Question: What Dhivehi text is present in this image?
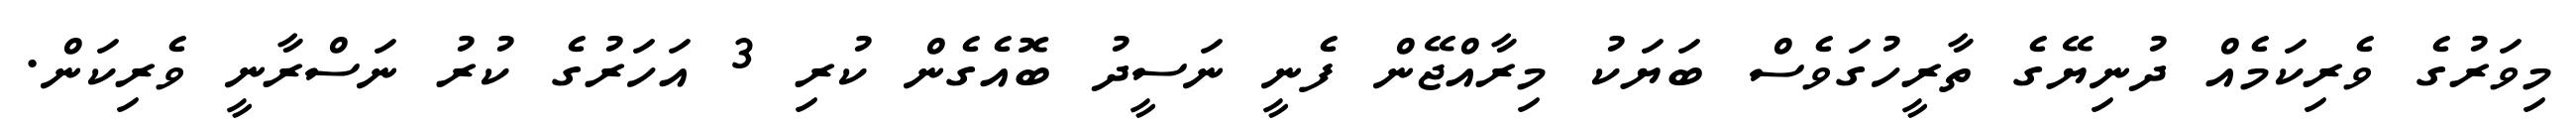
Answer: މިވަރުގެ ވެރިކަމެއް ދުނިޔޭގެ ތާރީހުގަވެސް ބަޔަކު މިރާއްޖޭން ފެނީ ނަސީދު ބޮއެގެން ކުރި 3 އަހަރުގެ ކުރު ނަސްރާނީ ވެރިކަން.